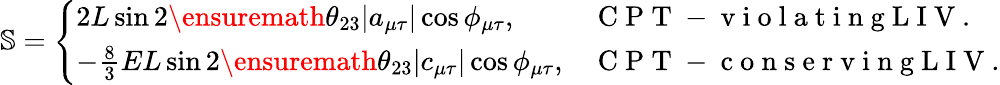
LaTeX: \begin{array}{r}{\mathbb{S}=\left\{ \begin{array}{ll}{2L\sin 2\ensuremath{\theta_{23}}|a_{\mu\tau}|\cos\phi_{\mu\tau},}&{\mathrm{~C~P~T~-~v~i~o~l~a~t~i~n~g~L~I~V~}.}\\ {-\frac{8}{3}EL\sin 2\ensuremath{\theta_{23}}|c_{\mu\tau}|\cos\phi_{\mu\tau},}&{\mathrm{~C~P~T~-~c~o~n~s~e~r~v~i~n~g~L~I~V~}.}\end{array}\right.}\end{array}